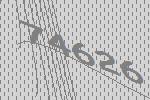
74626